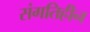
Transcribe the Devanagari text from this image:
संगतिहीन